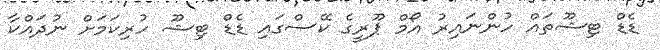
ޑެޑް ޓިޝޫތައް ހުންނައިރު އޯމް ޕޫރީގެ ކޭސްގައި ޑެޑް ޓިޝޫ ހުރިކަމަށް ނުދައްކާ